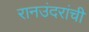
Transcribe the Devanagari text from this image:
रानउंदरांची